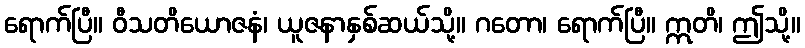
ရောက်ပြီ။ ဝီသတိယောဇနံ၊ ယူဇနာနှစ်ဆယ်သို့။ ဂတော၊ ရောက်ပြီ။ ဣတိ၊ ဤသို့။